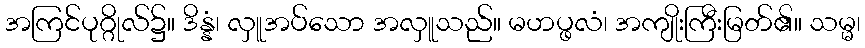
အကြင်ပုဂ္ဂိုလ်၌။ ဒိန္နံ၊ လှူအပ်သော အလှူသည်။ မဟပ္ဖလံ၊ အကျိုးကြီးမြတ်၏။ သမ္မ၊